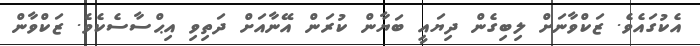
އެކުގައެވެ. ޒަކްވާނަށް ލިބިގެން ދިޔައީ ބަޔާން ކުރަން އޭނާއަށް ދަތިވި އިޙްސާސެކެވެ. ޒަކްވާން